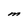
Character: M